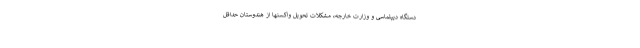
دستگاه دیپلماسی و وزارت خارجه، مشکلات تحویل واکسنها از هندوستان حداقل